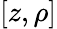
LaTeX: [z,\rho]